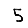
Digit: 5